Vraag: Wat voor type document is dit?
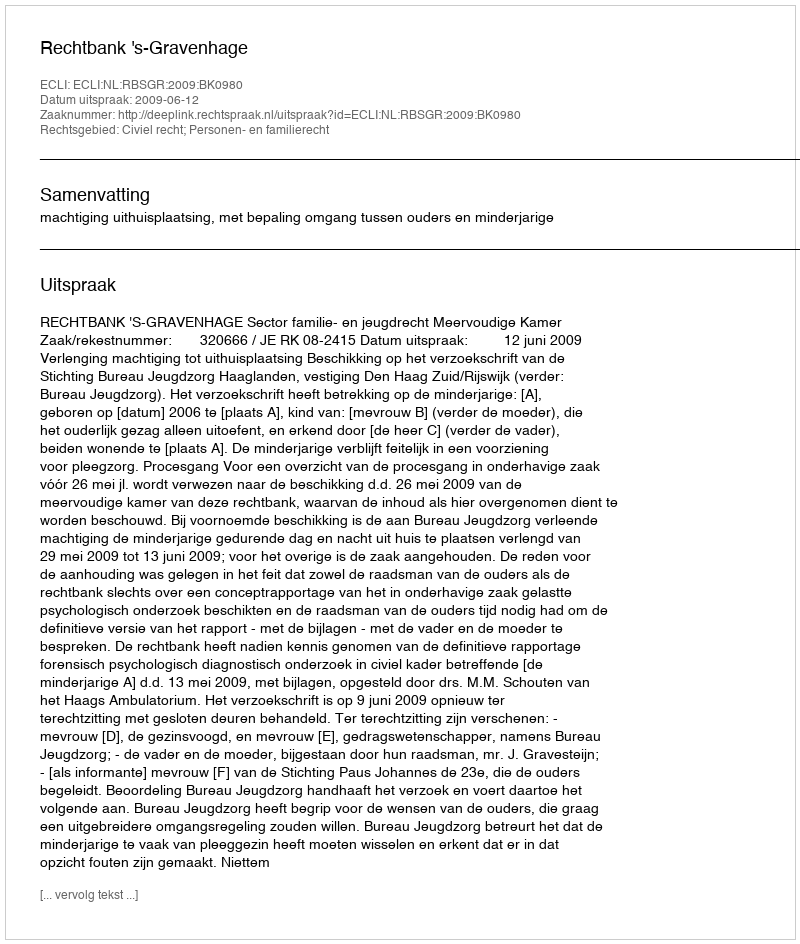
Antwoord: Uitspraak